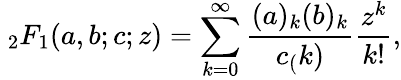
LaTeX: \ _{2}F_{1}(a,b;c;z)=\sum_{k=0}^{\infty}\frac{(a)_{k}(b)_{k}}{c_{(}k)}\frac{z^{k}}{k!},